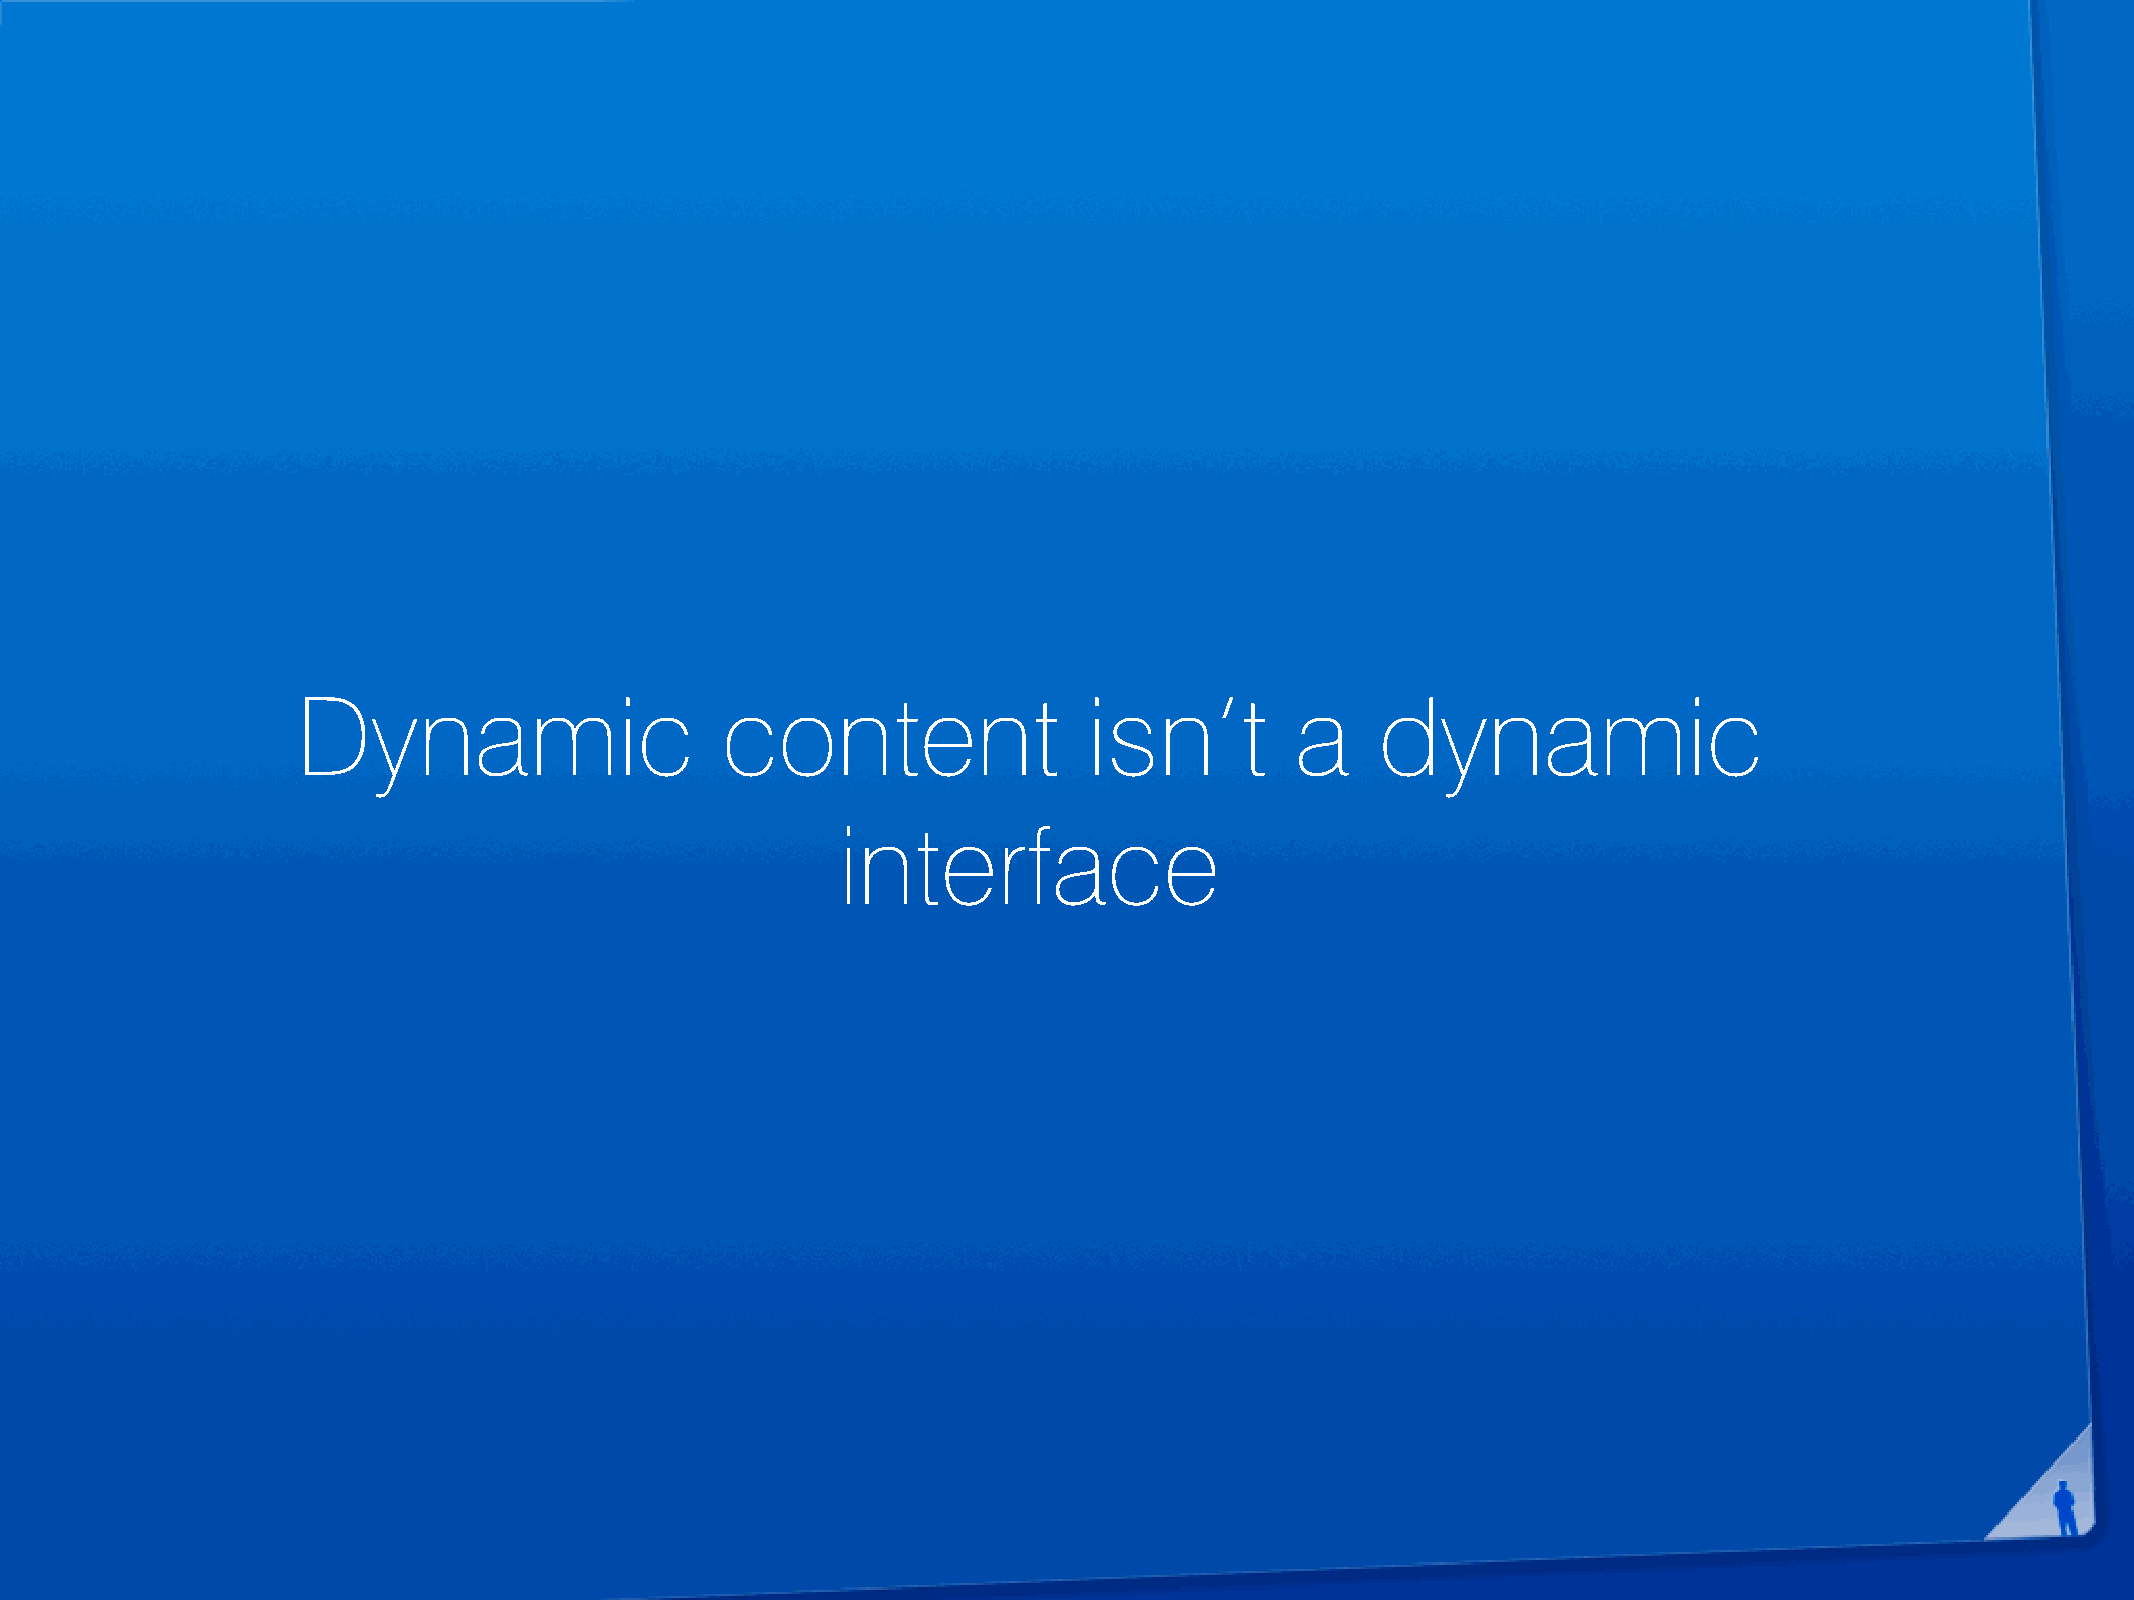
Dynamic                     content                 isn’t         a    dynamic
 interface